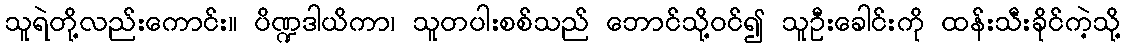
သူရဲတို့လည်းကောင်း။ ပိဏ္ဍဒါယိကာ၊ သူတပါးစစ်သည် ဘောင်သို့ဝင်၍ သူဦးခေါင်းကို ထန်းသီးခိုင်ကဲ့သို့